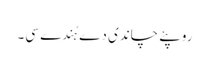
روپئے چاندی دے ہُندے سی۔